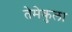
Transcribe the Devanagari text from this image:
तेमेकुला